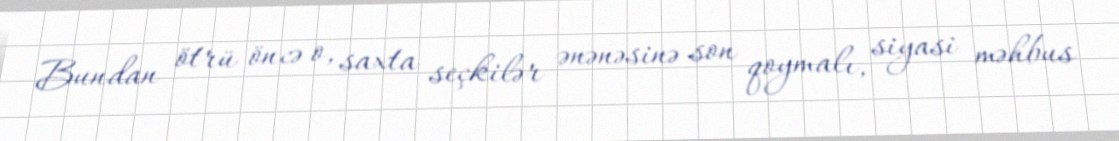
Bundan ötrü öncə o, saxta seçkilər ənənəsinə son qoymalı, siyasi məhbus